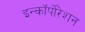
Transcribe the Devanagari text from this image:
इन्कॉर्पोरेशन